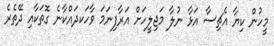
މީހުން ކިޔާ އެޗިސާ އަޅާ ނުލާ މަޖިލީހަށް އަރާފިނަމަ ވާހަކދައްކާނެ ގޮތަކާއި ދޭތެރެ